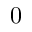
0